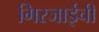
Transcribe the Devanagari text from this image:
गिरजाईची